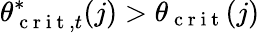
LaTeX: \theta_{\mathrm{~c~r~i~t~},t}^{*}(j)>\theta_{\mathrm{~c~r~i~t~}}(j)